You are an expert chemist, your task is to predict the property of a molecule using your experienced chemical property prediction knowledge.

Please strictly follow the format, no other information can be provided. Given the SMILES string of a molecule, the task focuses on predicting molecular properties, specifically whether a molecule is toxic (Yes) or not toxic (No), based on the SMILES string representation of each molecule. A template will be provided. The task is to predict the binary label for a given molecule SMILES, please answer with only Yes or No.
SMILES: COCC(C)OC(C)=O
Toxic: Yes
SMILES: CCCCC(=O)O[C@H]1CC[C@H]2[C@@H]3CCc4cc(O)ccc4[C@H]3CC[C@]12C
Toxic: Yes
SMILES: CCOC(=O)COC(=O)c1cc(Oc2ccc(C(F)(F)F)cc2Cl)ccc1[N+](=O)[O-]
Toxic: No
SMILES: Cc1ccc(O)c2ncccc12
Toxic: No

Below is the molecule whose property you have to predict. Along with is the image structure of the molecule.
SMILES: CCC(=O)OC(OP(=O)(CCCCc1ccccc1)CC(=O)N1C[C@H](C2CCCCC2)C[C@H]1C(=O)[O-])C(C)C
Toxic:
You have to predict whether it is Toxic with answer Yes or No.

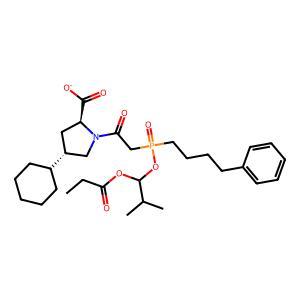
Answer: No